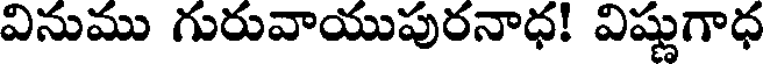
వినుము గురువాయుపురనాధ! విష్ణుగాధ